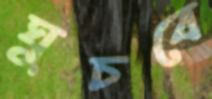
ঘুচবে